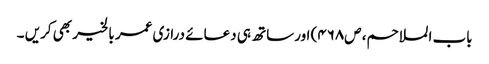
باب الملاحم، ص۴۶۸) اورساتھ ہی دعائے درازی عمر بالخیر بھی کریں ۔